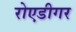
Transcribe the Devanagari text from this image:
रोएडीगर